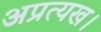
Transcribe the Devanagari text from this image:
अप्रत्यख।